Annual report on the working of the mental hospitals in the Madras Presidency - 1912-1932
Year: 1912
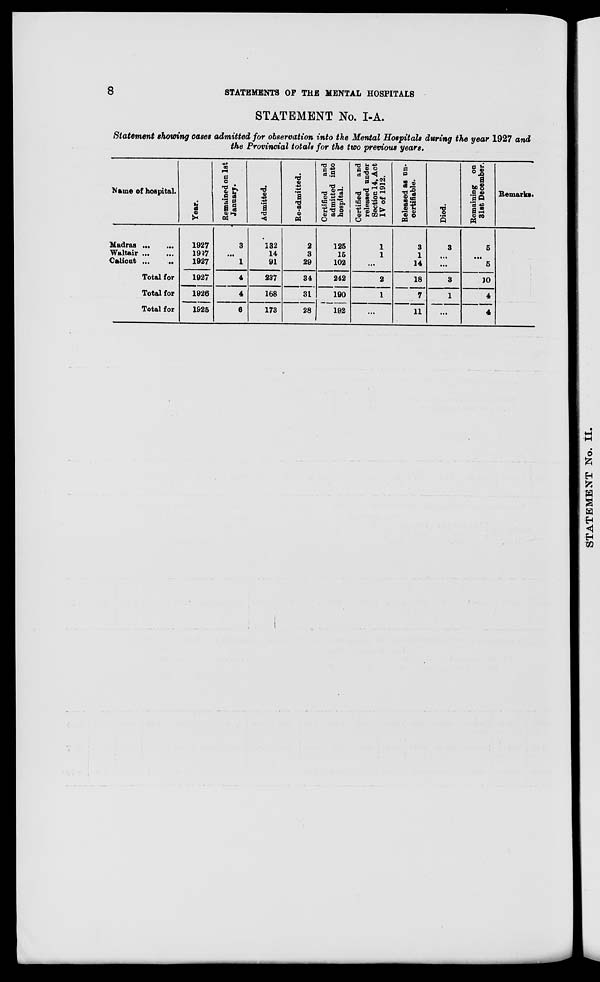
8
STATEMENTS OF THE MENTAL HOSPITALS
STATEMENT No. I-A.
Statement showing cases admitted for observation into the Mental Hospitals during the year 1927 and
the Provincial totals for the two previous years.
Name of hospital.
Madras ... ...
Waltair ... ...
Calicut ... ...
Total for
Total for
Total for
Year.
1927
1927
1927
1927
1926
1925
Remained on 1st
January.
3
...
1
4
4
6
Admitted.
132
14
91
237
168
173
Re-admitted.
2
3
29
34
31
28
Certified
and
admitted into
hospital.
125
15
102
242
190
192
Certified
and
released under
Section 14, Act
IV of 1912.
1
1
...
2
1
...
Released as un¬
certifiable.
3
1
14
18
7
11
Died.
3
...
...
3
1
...
Remaining on
31st December.
5
...
5
10
4
4
Remarks.